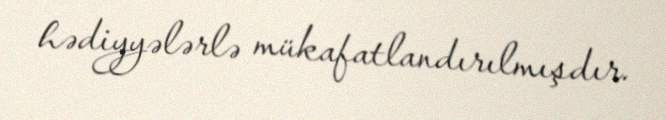
hədiyyələrlə mükafatlandırılmışdır.